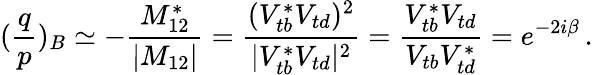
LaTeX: (\frac{q}{p})_{B}\simeq-\frac{M_{12}^{*}}{|M_{12}|}=\frac{(V_{tb}^{*}V_{td})^{2}}{|V_{tb}^{*}V_{td}|^{2}}=\frac{V_{tb}^{*}V_{td}}{V_{tb}V_{td}^{*}}=e^{-2i\beta}\, .